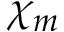
\chi _ { m }